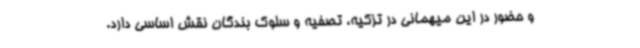
و حضور در این میهمانی در تزکیه، تصفیه و سلوک بندگان نقش اساسی دارد.